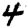
Digit: 4